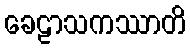
ခေဠာသကဿာတိ